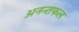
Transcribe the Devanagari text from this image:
अनन्तफल